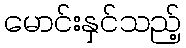
မောင်းနှင်သည့်